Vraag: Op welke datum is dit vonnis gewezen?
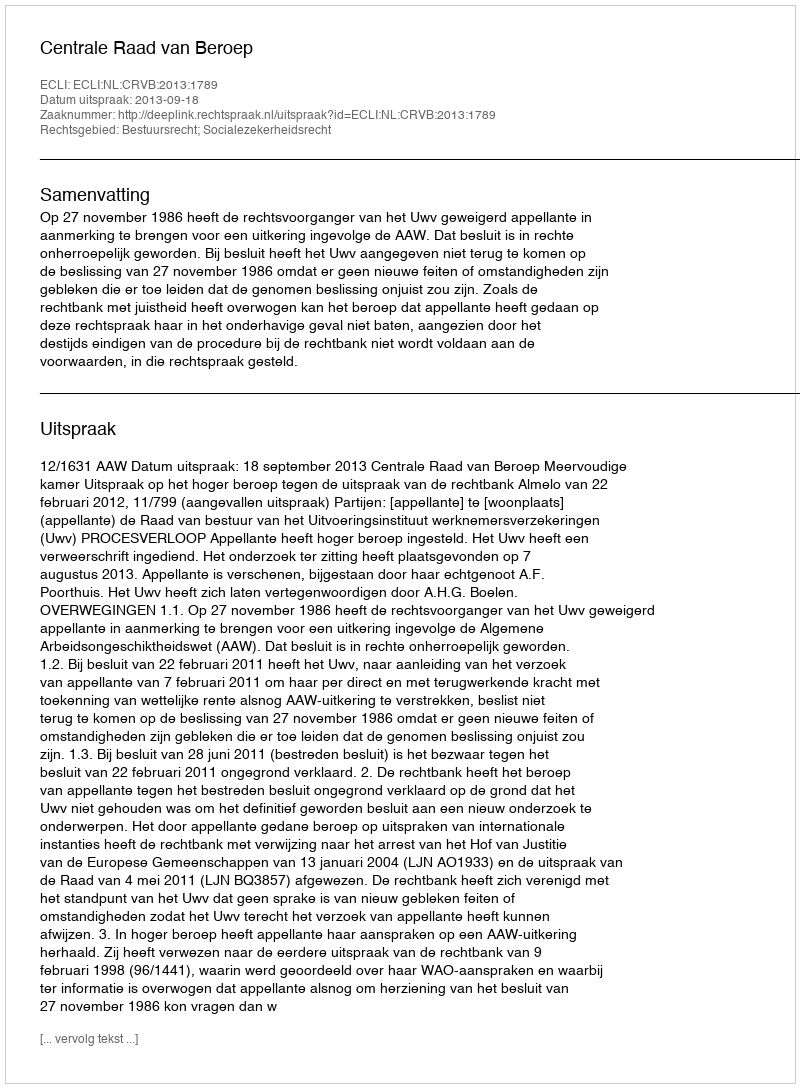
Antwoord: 2013-09-18